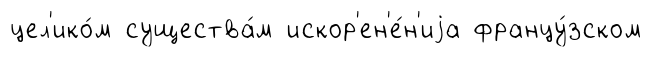
цел'ико́м существа́м искор'ен'е́н'иjа францу́зском